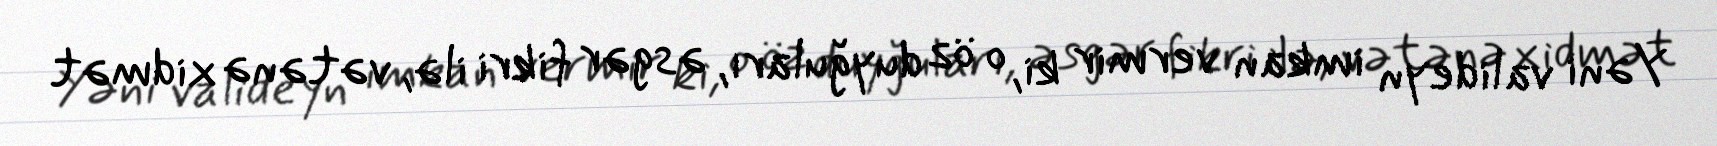
Yəni valideyn imkan vermir ki, o öz duyğuları, əsgər fikri ilə, vətənə xidmət